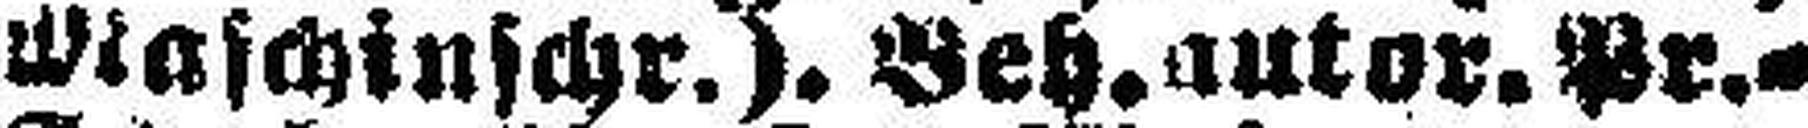
Maschinschr.). Beh. autor. Pr.=